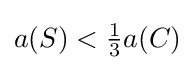
{\textstyle a(S)<{\frac {1}{3}}a(C)}